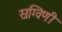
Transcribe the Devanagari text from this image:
स्रग्विणी